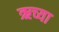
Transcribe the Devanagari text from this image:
ऋच्या